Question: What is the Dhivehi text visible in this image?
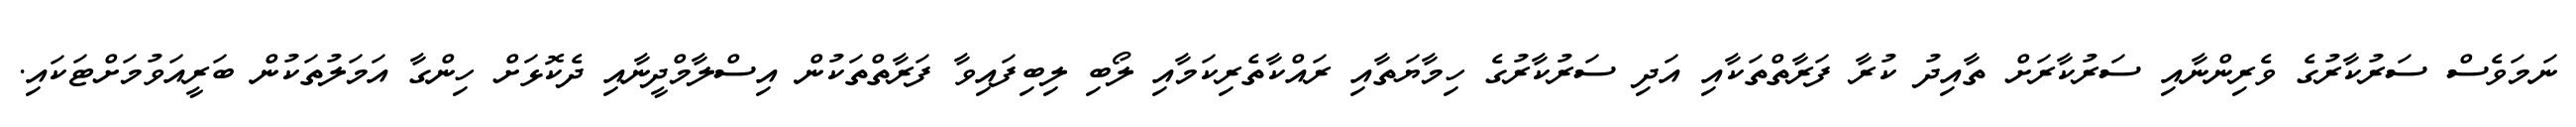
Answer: ނަމަވެސް ސަރުކާރުގެ ވެރިންނާއި ސަރުކާރަށް ތާއިދު ކުރާ ފަރާތްތަކާއި އަދި ސަރުކާރުގެ ހިމާޔަތާއި ރައްކާތެރިކަމާއި ލޯބި ލިބިފައިވާ ފަރާތްތަކުން އިސްލާމްދީނާއި ދެކޮޅަށް ހިންގާ އަމަލުތަކުން ބަރީއަވުމަށްޓަކައި.